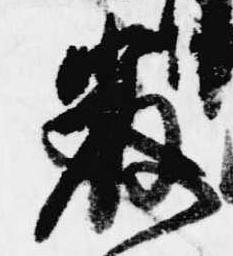
厳